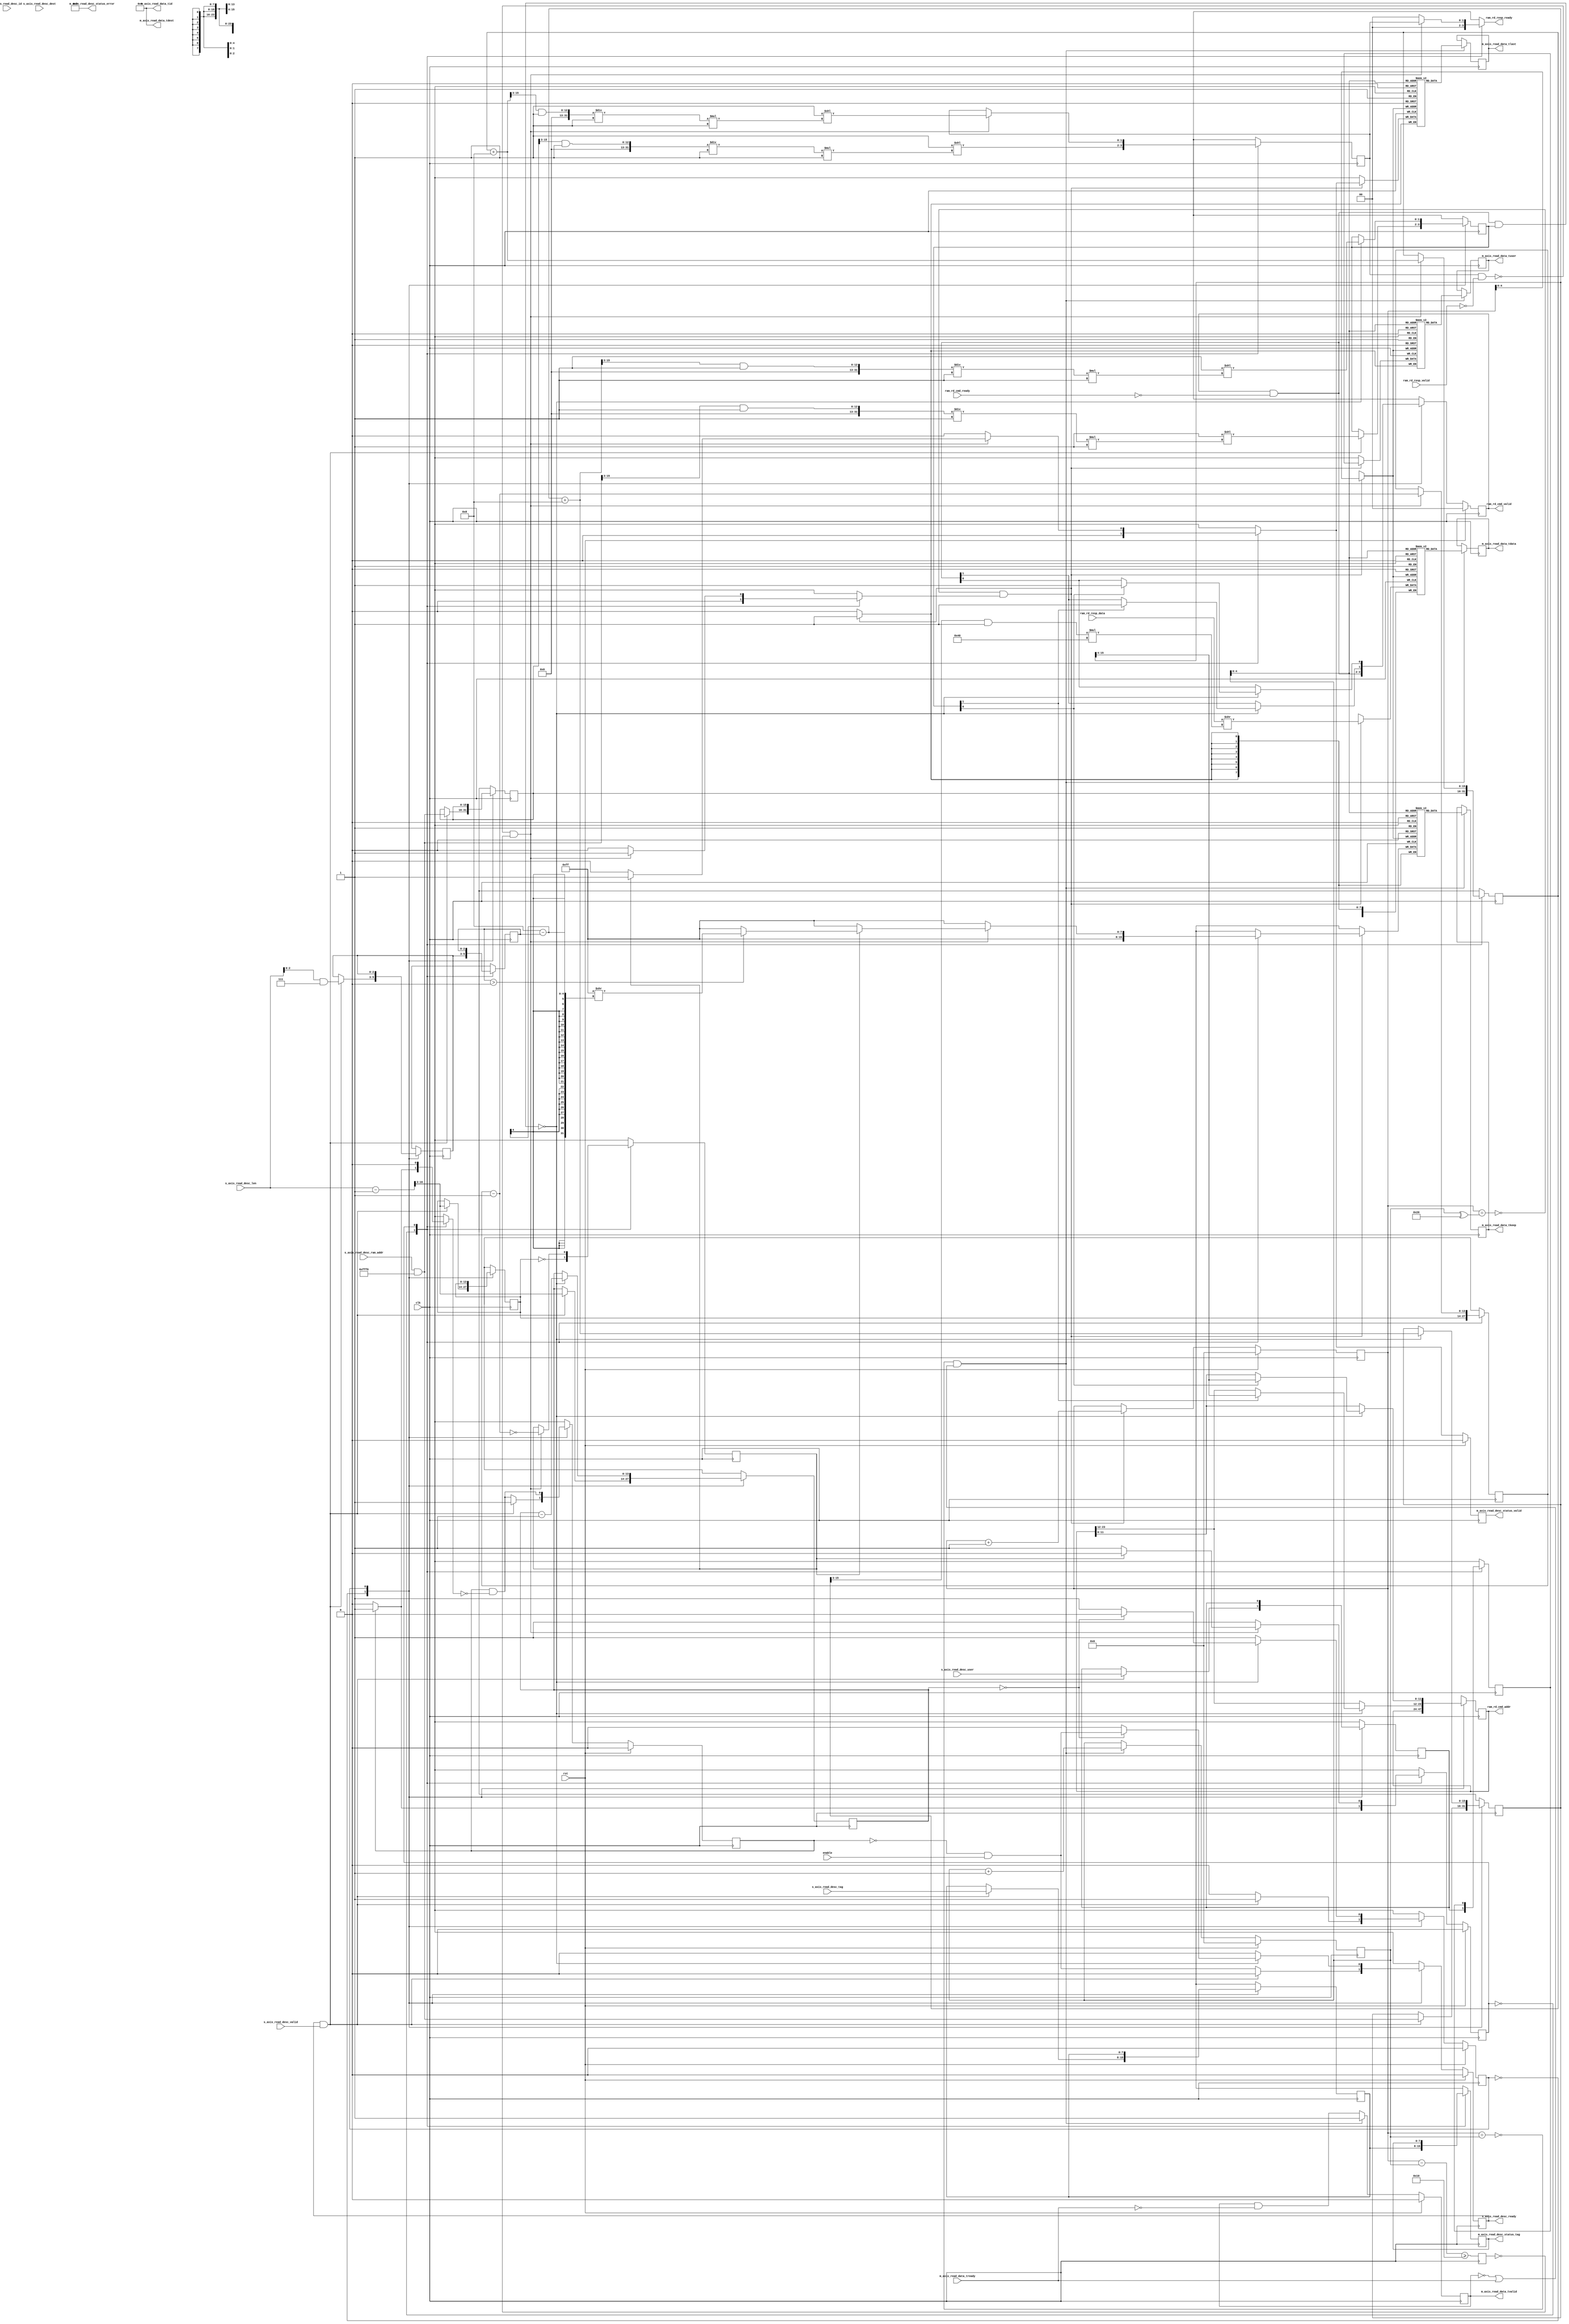
/*

Copyright (c) 2019-2021 Alex Forencich

Permission is hereby granted, free of charge, to any person obtaining a copy
of this software and associated documentation files (the "Software"), to deal
in the Software without restriction, including without limitation the rights
to use, copy, modify, merge, publish, distribute, sublicense, and/or sell
copies of the Software, and to permit persons to whom the Software is
furnished to do so, subject to the following conditions:

The above copyright notice and this permission notice shall be included in
all copies or substantial portions of the Software.

THE SOFTWARE IS PROVIDED "AS IS", WITHOUT WARRANTY OF ANY KIND, EXPRESS OR
IMPLIED, INCLUDING BUT NOT LIMITED TO THE WARRANTIES OF MERCHANTABILITY
FITNESS FOR A PARTICULAR PURPOSE AND NONINFRINGEMENT. IN NO EVENT SHALL THE
AUTHORS OR COPYRIGHT HOLDERS BE LIABLE FOR ANY CLAIM, DAMAGES OR OTHER
LIABILITY, WHETHER IN AN ACTION OF CONTRACT, TORT OR OTHERWISE, ARISING FROM,
OUT OF OR IN CONNECTION WITH THE SOFTWARE OR THE USE OR OTHER DEALINGS IN
THE SOFTWARE.

*/

// Language: Verilog 2001

`resetall
`timescale 1ns / 1ps
`default_nettype none

/*
 * AXI stream source DMA client
 */
module dma_client_axis_source #
(
    // RAM address width
    parameter RAM_ADDR_WIDTH = 16,
    // RAM segment count
    parameter SEG_COUNT = 2,
    // RAM segment data width
    parameter SEG_DATA_WIDTH = 64,
    // RAM segment byte enable width
    parameter SEG_BE_WIDTH = SEG_DATA_WIDTH/8,
    // RAM segment address width
    parameter SEG_ADDR_WIDTH = RAM_ADDR_WIDTH-$clog2(SEG_COUNT*SEG_BE_WIDTH),
    // Width of AXI stream interfaces in bits
    parameter AXIS_DATA_WIDTH = SEG_DATA_WIDTH*SEG_COUNT/2,
    // Use AXI stream tkeep signal
    parameter AXIS_KEEP_ENABLE = (AXIS_DATA_WIDTH>8),
    // AXI stream tkeep signal width (words per cycle)
    parameter AXIS_KEEP_WIDTH = (AXIS_DATA_WIDTH/8),
    // Use AXI stream tlast signal
    parameter AXIS_LAST_ENABLE = 1,
    // Propagate AXI stream tid signal
    parameter AXIS_ID_ENABLE = 0,
    // AXI stream tid signal width
    parameter AXIS_ID_WIDTH = 8,
    // Propagate AXI stream tdest signal
    parameter AXIS_DEST_ENABLE = 0,
    // AXI stream tdest signal width
    parameter AXIS_DEST_WIDTH = 8,
    // Propagate AXI stream tuser signal
    parameter AXIS_USER_ENABLE = 1,
    // AXI stream tuser signal width
    parameter AXIS_USER_WIDTH = 1,
    // Width of length field
    parameter LEN_WIDTH = 16,
    // Width of tag field
    parameter TAG_WIDTH = 8
)
(
    input  wire                                 clk,
    input  wire                                 rst,

    /*
     * AXI read descriptor input
     */
    input  wire [RAM_ADDR_WIDTH-1:0]            s_axis_read_desc_ram_addr,
    input  wire [LEN_WIDTH-1:0]                 s_axis_read_desc_len,
    input  wire [TAG_WIDTH-1:0]                 s_axis_read_desc_tag,
    input  wire [AXIS_ID_WIDTH-1:0]             s_axis_read_desc_id,
    input  wire [AXIS_DEST_WIDTH-1:0]           s_axis_read_desc_dest,
    input  wire [AXIS_USER_WIDTH-1:0]           s_axis_read_desc_user,
    input  wire                                 s_axis_read_desc_valid,
    output wire                                 s_axis_read_desc_ready,

    /*
     * AXI read descriptor status output
     */
    output wire [TAG_WIDTH-1:0]                 m_axis_read_desc_status_tag,
    output wire [3:0]                           m_axis_read_desc_status_error,
    output wire                                 m_axis_read_desc_status_valid,

    /*
     * AXI stream read data output
     */
    output wire [AXIS_DATA_WIDTH-1:0]           m_axis_read_data_tdata,
    output wire [AXIS_KEEP_WIDTH-1:0]           m_axis_read_data_tkeep,
    output wire                                 m_axis_read_data_tvalid,
    input  wire                                 m_axis_read_data_tready,
    output wire                                 m_axis_read_data_tlast,
    output wire [AXIS_ID_WIDTH-1:0]             m_axis_read_data_tid,
    output wire [AXIS_DEST_WIDTH-1:0]           m_axis_read_data_tdest,
    output wire [AXIS_USER_WIDTH-1:0]           m_axis_read_data_tuser,

    /*
     * RAM interface
     */
    output wire [SEG_COUNT*SEG_ADDR_WIDTH-1:0]  ram_rd_cmd_addr,
    output wire [SEG_COUNT-1:0]                 ram_rd_cmd_valid,
    input  wire [SEG_COUNT-1:0]                 ram_rd_cmd_ready,
    input  wire [SEG_COUNT*SEG_DATA_WIDTH-1:0]  ram_rd_resp_data,
    input  wire [SEG_COUNT-1:0]                 ram_rd_resp_valid,
    output wire [SEG_COUNT-1:0]                 ram_rd_resp_ready,

    /*
     * Configuration
     */
    input  wire                                 enable
);

parameter RAM_WORD_WIDTH = SEG_BE_WIDTH;
parameter RAM_WORD_SIZE = SEG_DATA_WIDTH/RAM_WORD_WIDTH;

parameter AXIS_KEEP_WIDTH_INT = AXIS_KEEP_ENABLE ? AXIS_KEEP_WIDTH : 1;
parameter AXIS_WORD_WIDTH = AXIS_KEEP_WIDTH_INT;
parameter AXIS_WORD_SIZE = AXIS_DATA_WIDTH/AXIS_WORD_WIDTH;

parameter PART_COUNT = SEG_COUNT*SEG_BE_WIDTH / AXIS_KEEP_WIDTH_INT;
parameter PART_COUNT_WIDTH = PART_COUNT > 1 ? $clog2(PART_COUNT) : 1;
parameter PART_OFFSET_WIDTH = AXIS_KEEP_WIDTH_INT > 1 ? $clog2(AXIS_KEEP_WIDTH_INT) : 1;
parameter PARTS_PER_SEG = (SEG_BE_WIDTH + AXIS_KEEP_WIDTH_INT - 1) / AXIS_KEEP_WIDTH_INT;
parameter SEGS_PER_PART = (AXIS_KEEP_WIDTH_INT + SEG_BE_WIDTH - 1) / SEG_BE_WIDTH;

parameter OFFSET_WIDTH = AXIS_KEEP_WIDTH_INT > 1 ? $clog2(AXIS_KEEP_WIDTH_INT) : 1;
parameter OFFSET_MASK = AXIS_KEEP_WIDTH_INT > 1 ? {OFFSET_WIDTH{1'b1}} : 0;
parameter ADDR_MASK = {RAM_ADDR_WIDTH{1'b1}} << $clog2(AXIS_KEEP_WIDTH_INT);
parameter CYCLE_COUNT_WIDTH = LEN_WIDTH - $clog2(AXIS_KEEP_WIDTH_INT) + 1;

parameter OUTPUT_FIFO_ADDR_WIDTH = 5;

// bus width assertions
initial begin
    if (RAM_WORD_SIZE * SEG_BE_WIDTH != SEG_DATA_WIDTH) begin
        $error("Error: RAM data width not evenly divisble (instance %m)");
        $finish;
    end

    if (AXIS_WORD_SIZE * AXIS_KEEP_WIDTH_INT != AXIS_DATA_WIDTH) begin
        $error("Error: AXI stream data width not evenly divisble (instance %m)");
        $finish;
    end

    if (RAM_WORD_SIZE != AXIS_WORD_SIZE) begin
        $error("Error: word size mismatch (instance %m)");
        $finish;
    end

    if (2**$clog2(RAM_WORD_WIDTH) != RAM_WORD_WIDTH) begin
        $error("Error: RAM word width must be even power of two (instance %m)");
        $finish;
    end

    if (RAM_ADDR_WIDTH != SEG_ADDR_WIDTH+$clog2(SEG_COUNT)+$clog2(SEG_BE_WIDTH)) begin
        $error("Error: RAM_ADDR_WIDTH does not match RAM configuration (instance %m)");
        $finish;
    end

    if (AXIS_DATA_WIDTH > SEG_COUNT*SEG_DATA_WIDTH) begin
        $error("Error: AXI stream interface width must not be wider than RAM interface width (instance %m)");
        $finish;
    end

    if (AXIS_DATA_WIDTH*2**$clog2(PART_COUNT) != SEG_COUNT*SEG_DATA_WIDTH) begin
        $error("Error: AXI stream interface width must be a power of two fraction of RAM interface width (instance %m)");
        $finish;
    end
end

localparam [0:0]
    READ_STATE_IDLE = 1'd0,
    READ_STATE_READ = 1'd1;

reg [0:0] read_state_reg = READ_STATE_IDLE, read_state_next;

localparam [0:0]
    AXIS_STATE_IDLE = 1'd0,
    AXIS_STATE_READ = 1'd1;

reg [0:0] axis_state_reg = AXIS_STATE_IDLE, axis_state_next;

// datapath control signals
reg axis_cmd_ready;

integer i;

reg [RAM_ADDR_WIDTH-1:0] read_addr_reg = {RAM_ADDR_WIDTH{1'b0}}, read_addr_next;
reg [SEG_COUNT-1:0] read_ram_mask_reg = 0, read_ram_mask_next;
reg [CYCLE_COUNT_WIDTH-1:0] read_cycle_count_reg = {CYCLE_COUNT_WIDTH{1'b0}}, read_cycle_count_next;

reg [RAM_ADDR_WIDTH-1:0] axis_cmd_addr_reg = {RAM_ADDR_WIDTH{1'b0}}, axis_cmd_addr_next;
reg [OFFSET_WIDTH-1:0] axis_cmd_last_cycle_offset_reg = {OFFSET_WIDTH{1'b0}}, axis_cmd_last_cycle_offset_next;
reg [CYCLE_COUNT_WIDTH-1:0] axis_cmd_cycle_count_reg = {CYCLE_COUNT_WIDTH{1'b0}}, axis_cmd_cycle_count_next;
reg [TAG_WIDTH-1:0] axis_cmd_tag_reg = {TAG_WIDTH{1'b0}}, axis_cmd_tag_next;
reg [AXIS_ID_WIDTH-1:0] axis_cmd_axis_id_reg = {AXIS_ID_WIDTH{1'b0}}, axis_cmd_axis_id_next;
reg [AXIS_DEST_WIDTH-1:0] axis_cmd_axis_dest_reg = {AXIS_DEST_WIDTH{1'b0}}, axis_cmd_axis_dest_next;
reg [AXIS_USER_WIDTH-1:0] axis_cmd_axis_user_reg = {AXIS_USER_WIDTH{1'b0}}, axis_cmd_axis_user_next;
reg axis_cmd_valid_reg = 1'b0, axis_cmd_valid_next;

reg [RAM_ADDR_WIDTH-1:0] addr_reg = {RAM_ADDR_WIDTH{1'b0}}, addr_next;
reg [SEG_COUNT-1:0] ram_mask_reg = 0, ram_mask_next;
reg [OFFSET_WIDTH-1:0] last_cycle_offset_reg = {OFFSET_WIDTH{1'b0}}, last_cycle_offset_next;
reg [CYCLE_COUNT_WIDTH-1:0] cycle_count_reg = {CYCLE_COUNT_WIDTH{1'b0}}, cycle_count_next;
reg last_cycle_reg = 1'b0, last_cycle_next;

reg [AXIS_ID_WIDTH-1:0] axis_id_reg = {AXIS_ID_WIDTH{1'b0}}, axis_id_next;
reg [AXIS_DEST_WIDTH-1:0] axis_dest_reg = {AXIS_DEST_WIDTH{1'b0}}, axis_dest_next;
reg [AXIS_USER_WIDTH-1:0] axis_user_reg = {AXIS_USER_WIDTH{1'b0}}, axis_user_next;

reg s_axis_read_desc_ready_reg = 1'b0, s_axis_read_desc_ready_next;

reg [TAG_WIDTH-1:0] m_axis_read_desc_status_tag_reg = {TAG_WIDTH{1'b0}}, m_axis_read_desc_status_tag_next;
reg m_axis_read_desc_status_valid_reg = 1'b0, m_axis_read_desc_status_valid_next;

reg [SEG_COUNT*SEG_ADDR_WIDTH-1:0] ram_rd_cmd_addr_reg = 0, ram_rd_cmd_addr_next;
reg [SEG_COUNT-1:0] ram_rd_cmd_valid_reg = 0, ram_rd_cmd_valid_next;
reg [SEG_COUNT-1:0] ram_rd_resp_ready_cmb;

// internal datapath
reg  [AXIS_DATA_WIDTH-1:0] m_axis_read_data_tdata_int;
reg  [AXIS_KEEP_WIDTH-1:0] m_axis_read_data_tkeep_int;
reg                        m_axis_read_data_tvalid_int;
wire                       m_axis_read_data_tready_int;
reg                        m_axis_read_data_tlast_int;
reg  [AXIS_ID_WIDTH-1:0]   m_axis_read_data_tid_int;
reg  [AXIS_DEST_WIDTH-1:0] m_axis_read_data_tdest_int;
reg  [AXIS_USER_WIDTH-1:0] m_axis_read_data_tuser_int;

assign s_axis_read_desc_ready = s_axis_read_desc_ready_reg;

assign m_axis_read_desc_status_tag = m_axis_read_desc_status_tag_reg;
assign m_axis_read_desc_status_error = 4'd0;
assign m_axis_read_desc_status_valid = m_axis_read_desc_status_valid_reg;

assign ram_rd_cmd_addr = ram_rd_cmd_addr_reg;
assign ram_rd_cmd_valid = ram_rd_cmd_valid_reg;
assign ram_rd_resp_ready = ram_rd_resp_ready_cmb;

always @* begin
    read_state_next = READ_STATE_IDLE;

    s_axis_read_desc_ready_next = 1'b0;

    ram_rd_cmd_addr_next = ram_rd_cmd_addr_reg;
    ram_rd_cmd_valid_next = ram_rd_cmd_valid_reg & ~ram_rd_cmd_ready;

    read_addr_next = read_addr_reg;
    read_ram_mask_next = read_ram_mask_reg;
    read_cycle_count_next = read_cycle_count_reg;

    axis_cmd_addr_next = axis_cmd_addr_reg;
    axis_cmd_last_cycle_offset_next = axis_cmd_last_cycle_offset_reg;
    axis_cmd_cycle_count_next = axis_cmd_cycle_count_reg;
    axis_cmd_tag_next = axis_cmd_tag_reg;
    axis_cmd_axis_id_next = axis_cmd_axis_id_reg;
    axis_cmd_axis_dest_next = axis_cmd_axis_dest_reg;
    axis_cmd_axis_user_next = axis_cmd_axis_user_reg;
    axis_cmd_valid_next = axis_cmd_valid_reg && !axis_cmd_ready;

    case (read_state_reg)
        READ_STATE_IDLE: begin
            // idle state - load new descriptor to start operation
            s_axis_read_desc_ready_next = !axis_cmd_valid_reg && enable;

            if (s_axis_read_desc_ready && s_axis_read_desc_valid) begin

                read_addr_next = s_axis_read_desc_ram_addr & ADDR_MASK;

                if (PART_COUNT > 1) begin
                    read_ram_mask_next = {SEGS_PER_PART{1'b1}} << ((((read_addr_next >> PART_OFFSET_WIDTH) & ({PART_COUNT_WIDTH{1'b1}})) / PARTS_PER_SEG) * SEGS_PER_PART);
                end else begin
                    read_ram_mask_next = {SEG_COUNT{1'b1}};
                end

                axis_cmd_addr_next = s_axis_read_desc_ram_addr & ADDR_MASK;
                axis_cmd_last_cycle_offset_next = s_axis_read_desc_len & OFFSET_MASK;

                axis_cmd_tag_next = s_axis_read_desc_tag;

                axis_cmd_axis_id_next = s_axis_read_desc_id;
                axis_cmd_axis_dest_next = s_axis_read_desc_dest;
                axis_cmd_axis_user_next = s_axis_read_desc_user;

                axis_cmd_cycle_count_next = (s_axis_read_desc_len - 1) >> $clog2(AXIS_KEEP_WIDTH_INT);
                read_cycle_count_next = (s_axis_read_desc_len - 1) >> $clog2(AXIS_KEEP_WIDTH_INT);

                axis_cmd_valid_next = 1'b1;

                s_axis_read_desc_ready_next = 1'b0;
                read_state_next = READ_STATE_READ;
            end else begin
                read_state_next = READ_STATE_IDLE;
            end
        end
        READ_STATE_READ: begin
            // read state - start new read operations

            if (!(ram_rd_cmd_valid & ~ram_rd_cmd_ready & read_ram_mask_reg)) begin

                // update counters
                read_addr_next = read_addr_reg + AXIS_KEEP_WIDTH_INT;
                read_cycle_count_next = read_cycle_count_reg - 1;

                if (PART_COUNT > 1) begin
                    read_ram_mask_next = {SEGS_PER_PART{1'b1}} << ((((read_addr_next >> PART_OFFSET_WIDTH) & ({PART_COUNT_WIDTH{1'b1}})) / PARTS_PER_SEG) * SEGS_PER_PART);
                end else begin
                    read_ram_mask_next = {SEG_COUNT{1'b1}};
                end

                for (i = 0; i < SEG_COUNT; i = i + 1) begin
                    if (read_ram_mask_reg[i]) begin
                        ram_rd_cmd_addr_next[i*SEG_ADDR_WIDTH +: SEG_ADDR_WIDTH] = read_addr_reg[RAM_ADDR_WIDTH-1:RAM_ADDR_WIDTH-SEG_ADDR_WIDTH];
                        ram_rd_cmd_valid_next[i] = 1'b1;
                    end
                end

                if (read_cycle_count_reg == 0) begin
                    s_axis_read_desc_ready_next = !axis_cmd_valid_reg && enable;
                    read_state_next = READ_STATE_IDLE;
                end else begin
                    read_state_next = READ_STATE_READ;
                end
            end else begin
                read_state_next = READ_STATE_READ;
            end
        end
    endcase
end

always @* begin
    axis_state_next = AXIS_STATE_IDLE;

    m_axis_read_desc_status_tag_next = m_axis_read_desc_status_tag_reg;
    m_axis_read_desc_status_valid_next = 1'b0;

    if (PART_COUNT > 1) begin
        m_axis_read_data_tdata_int = ram_rd_resp_data >> (((addr_reg >> PART_OFFSET_WIDTH) & {PART_COUNT_WIDTH{1'b1}}) * AXIS_DATA_WIDTH);
    end else begin
        m_axis_read_data_tdata_int = ram_rd_resp_data;
    end
    m_axis_read_data_tkeep_int = {AXIS_KEEP_WIDTH{1'b1}};
    m_axis_read_data_tlast_int = 1'b0;
    m_axis_read_data_tvalid_int = 1'b0;
    m_axis_read_data_tid_int = axis_id_reg;
    m_axis_read_data_tdest_int = axis_dest_reg;
    m_axis_read_data_tuser_int = axis_user_reg;

    ram_rd_resp_ready_cmb = {SEG_COUNT{1'b0}};

    axis_cmd_ready = 1'b0;

    addr_next = addr_reg;
    ram_mask_next = ram_mask_reg;
    last_cycle_offset_next = last_cycle_offset_reg;
    cycle_count_next = cycle_count_reg;
    last_cycle_next = last_cycle_reg;

    axis_id_next = axis_id_reg;
    axis_dest_next = axis_dest_reg;
    axis_user_next = axis_user_reg;

    case (axis_state_reg)
        AXIS_STATE_IDLE: begin
            // idle state - load new descriptor to start operation

            // store transfer parameters
            addr_next = axis_cmd_addr_reg;
            last_cycle_offset_next = axis_cmd_last_cycle_offset_reg;
            cycle_count_next = axis_cmd_cycle_count_reg;
            last_cycle_next = axis_cmd_cycle_count_reg == 0;

            if (PART_COUNT > 1) begin
                ram_mask_next = {SEGS_PER_PART{1'b1}} << ((((addr_next >> PART_OFFSET_WIDTH) & ({PART_COUNT_WIDTH{1'b1}})) / PARTS_PER_SEG) * SEGS_PER_PART);
            end else begin
                ram_mask_next = {SEG_COUNT{1'b1}};
            end
            
            m_axis_read_desc_status_tag_next = axis_cmd_tag_reg;
            axis_id_next = axis_cmd_axis_id_reg;
            axis_dest_next = axis_cmd_axis_dest_reg;
            axis_user_next = axis_cmd_axis_user_reg;

            if (axis_cmd_valid_reg) begin
                axis_cmd_ready = 1'b1;
                axis_state_next = AXIS_STATE_READ;
            end
        end
        AXIS_STATE_READ: begin
            // handle read data
            ram_rd_resp_ready_cmb = {SEG_COUNT{1'b0}};

            if (!(ram_mask_reg & ~ram_rd_resp_valid) && m_axis_read_data_tready_int) begin
                // transfer in read data
                ram_rd_resp_ready_cmb = ram_mask_reg;

                // update counters
                addr_next = addr_reg + AXIS_KEEP_WIDTH_INT;
                cycle_count_next = cycle_count_reg - 1;
                last_cycle_next = cycle_count_next == 0;

                if (PART_COUNT > 1) begin
                    ram_mask_next = {SEGS_PER_PART{1'b1}} << ((((addr_next >> PART_OFFSET_WIDTH) & ({PART_COUNT_WIDTH{1'b1}})) / PARTS_PER_SEG) * SEGS_PER_PART);
                end else begin
                    ram_mask_next = {SEG_COUNT{1'b1}};
                end

                if (PART_COUNT > 1) begin
                    m_axis_read_data_tdata_int = ram_rd_resp_data >> (((addr_reg >> PART_OFFSET_WIDTH) & {PART_COUNT_WIDTH{1'b1}}) * AXIS_DATA_WIDTH);
                end else begin
                    m_axis_read_data_tdata_int = ram_rd_resp_data;
                end
                m_axis_read_data_tkeep_int = {AXIS_KEEP_WIDTH_INT{1'b1}};
                m_axis_read_data_tvalid_int = 1'b1;

                if (last_cycle_reg) begin
                    // no more data to transfer, finish operation
                    if (last_cycle_offset_reg > 0) begin
                        m_axis_read_data_tkeep_int = {AXIS_KEEP_WIDTH_INT{1'b1}} >> (AXIS_KEEP_WIDTH_INT - last_cycle_offset_reg);
                    end
                    m_axis_read_data_tlast_int = 1'b1;

                    m_axis_read_desc_status_valid_next = 1'b1;

                    axis_state_next = AXIS_STATE_IDLE;
                end else begin
                    // more cycles in AXI transfer
                    axis_state_next = AXIS_STATE_READ;
                end
            end else begin
                axis_state_next = AXIS_STATE_READ;
            end
        end
    endcase
end

always @(posedge clk) begin
    read_state_reg <= read_state_next;
    axis_state_reg <= axis_state_next;

    s_axis_read_desc_ready_reg <= s_axis_read_desc_ready_next;

    m_axis_read_desc_status_tag_reg <= m_axis_read_desc_status_tag_next;
    m_axis_read_desc_status_valid_reg <= m_axis_read_desc_status_valid_next;

    ram_rd_cmd_addr_reg <= ram_rd_cmd_addr_next;
    ram_rd_cmd_valid_reg <= ram_rd_cmd_valid_next;

    read_addr_reg <= read_addr_next;
    read_ram_mask_reg <= read_ram_mask_next;
    read_cycle_count_reg <= read_cycle_count_next;

    axis_cmd_addr_reg <= axis_cmd_addr_next;
    axis_cmd_last_cycle_offset_reg <= axis_cmd_last_cycle_offset_next;
    axis_cmd_cycle_count_reg <= axis_cmd_cycle_count_next;
    axis_cmd_tag_reg <= axis_cmd_tag_next;
    axis_cmd_axis_id_reg <= axis_cmd_axis_id_next;
    axis_cmd_axis_dest_reg <= axis_cmd_axis_dest_next;
    axis_cmd_axis_user_reg <= axis_cmd_axis_user_next;
    axis_cmd_valid_reg <= axis_cmd_valid_next;

    addr_reg <= addr_next;
    ram_mask_reg <= ram_mask_next;
    last_cycle_offset_reg <= last_cycle_offset_next;
    cycle_count_reg <= cycle_count_next;
    last_cycle_reg <= last_cycle_next;

    axis_id_reg <= axis_id_next;
    axis_dest_reg <= axis_dest_next;
    axis_user_reg <= axis_user_next;

    if (rst) begin
        read_state_reg <= READ_STATE_IDLE;
        axis_state_reg <= AXIS_STATE_IDLE;

        axis_cmd_valid_reg <= 1'b0;

        s_axis_read_desc_ready_reg <= 1'b0;
        m_axis_read_desc_status_valid_reg <= 1'b0;

        ram_rd_cmd_valid_reg <= {SEG_COUNT{1'b0}};
    end
end

// output datapath logic
reg [AXIS_DATA_WIDTH-1:0] m_axis_read_data_tdata_reg  = {AXIS_DATA_WIDTH{1'b0}};
reg [AXIS_KEEP_WIDTH-1:0] m_axis_read_data_tkeep_reg  = {AXIS_KEEP_WIDTH{1'b0}};
reg                       m_axis_read_data_tvalid_reg = 1'b0;
reg                       m_axis_read_data_tlast_reg  = 1'b0;
reg [AXIS_ID_WIDTH-1:0]   m_axis_read_data_tid_reg    = {AXIS_ID_WIDTH{1'b0}};
reg [AXIS_DEST_WIDTH-1:0] m_axis_read_data_tdest_reg  = {AXIS_DEST_WIDTH{1'b0}};
reg [AXIS_USER_WIDTH-1:0] m_axis_read_data_tuser_reg  = {AXIS_USER_WIDTH{1'b0}};

reg [OUTPUT_FIFO_ADDR_WIDTH+1-1:0] out_fifo_wr_ptr_reg = 0;
reg [OUTPUT_FIFO_ADDR_WIDTH+1-1:0] out_fifo_rd_ptr_reg = 0;
reg out_fifo_half_full_reg = 1'b0;

wire out_fifo_full = out_fifo_wr_ptr_reg == (out_fifo_rd_ptr_reg ^ {1'b1, {OUTPUT_FIFO_ADDR_WIDTH{1'b0}}});
wire out_fifo_empty = out_fifo_wr_ptr_reg == out_fifo_rd_ptr_reg;

(* ram_style = "distributed", ramstyle = "no_rw_check, mlab" *)
reg [AXIS_DATA_WIDTH-1:0] out_fifo_tdata[2**OUTPUT_FIFO_ADDR_WIDTH-1:0];
(* ram_style = "distributed", ramstyle = "no_rw_check, mlab" *)
reg [AXIS_KEEP_WIDTH-1:0] out_fifo_tkeep[2**OUTPUT_FIFO_ADDR_WIDTH-1:0];
(* ram_style = "distributed", ramstyle = "no_rw_check, mlab" *)
reg                       out_fifo_tlast[2**OUTPUT_FIFO_ADDR_WIDTH-1:0];
(* ram_style = "distributed", ramstyle = "no_rw_check, mlab" *)
reg [AXIS_ID_WIDTH-1:0]   out_fifo_tid[2**OUTPUT_FIFO_ADDR_WIDTH-1:0];
(* ram_style = "distributed", ramstyle = "no_rw_check, mlab" *)
reg [AXIS_DEST_WIDTH-1:0] out_fifo_tdest[2**OUTPUT_FIFO_ADDR_WIDTH-1:0];
(* ram_style = "distributed", ramstyle = "no_rw_check, mlab" *)
reg [AXIS_USER_WIDTH-1:0] out_fifo_tuser[2**OUTPUT_FIFO_ADDR_WIDTH-1:0];

assign m_axis_read_data_tready_int = !out_fifo_half_full_reg;

assign m_axis_read_data_tdata  = m_axis_read_data_tdata_reg;
assign m_axis_read_data_tkeep  = AXIS_KEEP_ENABLE ? m_axis_read_data_tkeep_reg : {AXIS_KEEP_WIDTH{1'b1}};
assign m_axis_read_data_tvalid = m_axis_read_data_tvalid_reg;
assign m_axis_read_data_tlast  = AXIS_LAST_ENABLE ? m_axis_read_data_tlast_reg : 1'b1;
assign m_axis_read_data_tid    = AXIS_ID_ENABLE   ? m_axis_read_data_tid_reg   : {AXIS_ID_WIDTH{1'b0}};
assign m_axis_read_data_tdest  = AXIS_DEST_ENABLE ? m_axis_read_data_tdest_reg : {AXIS_DEST_WIDTH{1'b0}};
assign m_axis_read_data_tuser  = AXIS_USER_ENABLE ? m_axis_read_data_tuser_reg : {AXIS_USER_WIDTH{1'b0}};

always @(posedge clk) begin
    m_axis_read_data_tvalid_reg <= m_axis_read_data_tvalid_reg && !m_axis_read_data_tready;

    out_fifo_half_full_reg <= $unsigned(out_fifo_wr_ptr_reg - out_fifo_rd_ptr_reg) >= 2**(OUTPUT_FIFO_ADDR_WIDTH-1);

    if (!out_fifo_full && m_axis_read_data_tvalid_int) begin
        out_fifo_tdata[out_fifo_wr_ptr_reg[OUTPUT_FIFO_ADDR_WIDTH-1:0]] <= m_axis_read_data_tdata_int;
        out_fifo_tkeep[out_fifo_wr_ptr_reg[OUTPUT_FIFO_ADDR_WIDTH-1:0]] <= m_axis_read_data_tkeep_int;
        out_fifo_tlast[out_fifo_wr_ptr_reg[OUTPUT_FIFO_ADDR_WIDTH-1:0]] <= m_axis_read_data_tlast_int;
        out_fifo_tid[out_fifo_wr_ptr_reg[OUTPUT_FIFO_ADDR_WIDTH-1:0]] <= m_axis_read_data_tid_int;
        out_fifo_tdest[out_fifo_wr_ptr_reg[OUTPUT_FIFO_ADDR_WIDTH-1:0]] <= m_axis_read_data_tdest_int;
        out_fifo_tuser[out_fifo_wr_ptr_reg[OUTPUT_FIFO_ADDR_WIDTH-1:0]] <= m_axis_read_data_tuser_int;
        out_fifo_wr_ptr_reg <= out_fifo_wr_ptr_reg + 1;
    end

    if (!out_fifo_empty && (!m_axis_read_data_tvalid_reg || m_axis_read_data_tready)) begin
        m_axis_read_data_tdata_reg <= out_fifo_tdata[out_fifo_rd_ptr_reg[OUTPUT_FIFO_ADDR_WIDTH-1:0]];
        m_axis_read_data_tkeep_reg <= out_fifo_tkeep[out_fifo_rd_ptr_reg[OUTPUT_FIFO_ADDR_WIDTH-1:0]];
        m_axis_read_data_tvalid_reg <= 1'b1;
        m_axis_read_data_tlast_reg <= out_fifo_tlast[out_fifo_rd_ptr_reg[OUTPUT_FIFO_ADDR_WIDTH-1:0]];
        m_axis_read_data_tid_reg <= out_fifo_tid[out_fifo_rd_ptr_reg[OUTPUT_FIFO_ADDR_WIDTH-1:0]];
        m_axis_read_data_tdest_reg <= out_fifo_tdest[out_fifo_rd_ptr_reg[OUTPUT_FIFO_ADDR_WIDTH-1:0]];
        m_axis_read_data_tuser_reg <= out_fifo_tuser[out_fifo_rd_ptr_reg[OUTPUT_FIFO_ADDR_WIDTH-1:0]];
        out_fifo_rd_ptr_reg <= out_fifo_rd_ptr_reg + 1;
    end

    if (rst) begin
        out_fifo_wr_ptr_reg <= 0;
        out_fifo_rd_ptr_reg <= 0;
        m_axis_read_data_tvalid_reg <= 1'b0;
    end
end

endmodule

`resetall